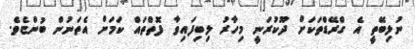
ނުލިބޭތީ އެ ގްރޭޑްތަކަށް ދޫކުރަނީ މިހާރު ލިބިފައިވާ ފޮތްތައް ކަމަށް އެތަނުން ބުންޏެވެ.